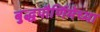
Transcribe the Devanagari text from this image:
बुद्धपौर्णिमेच्या